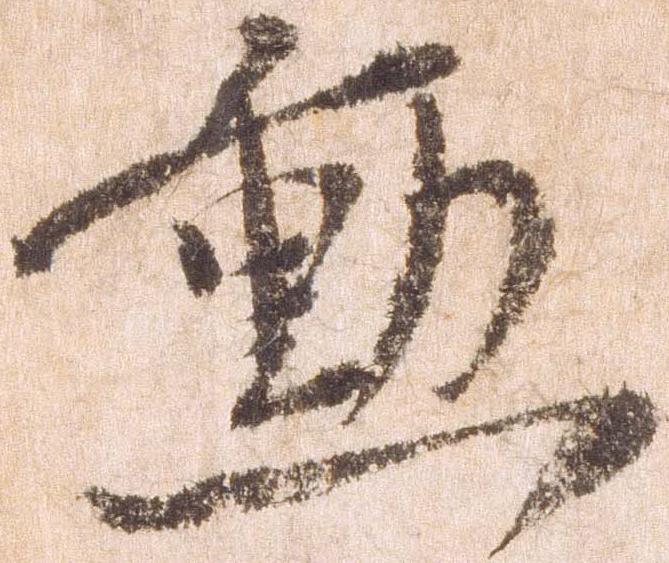
勲